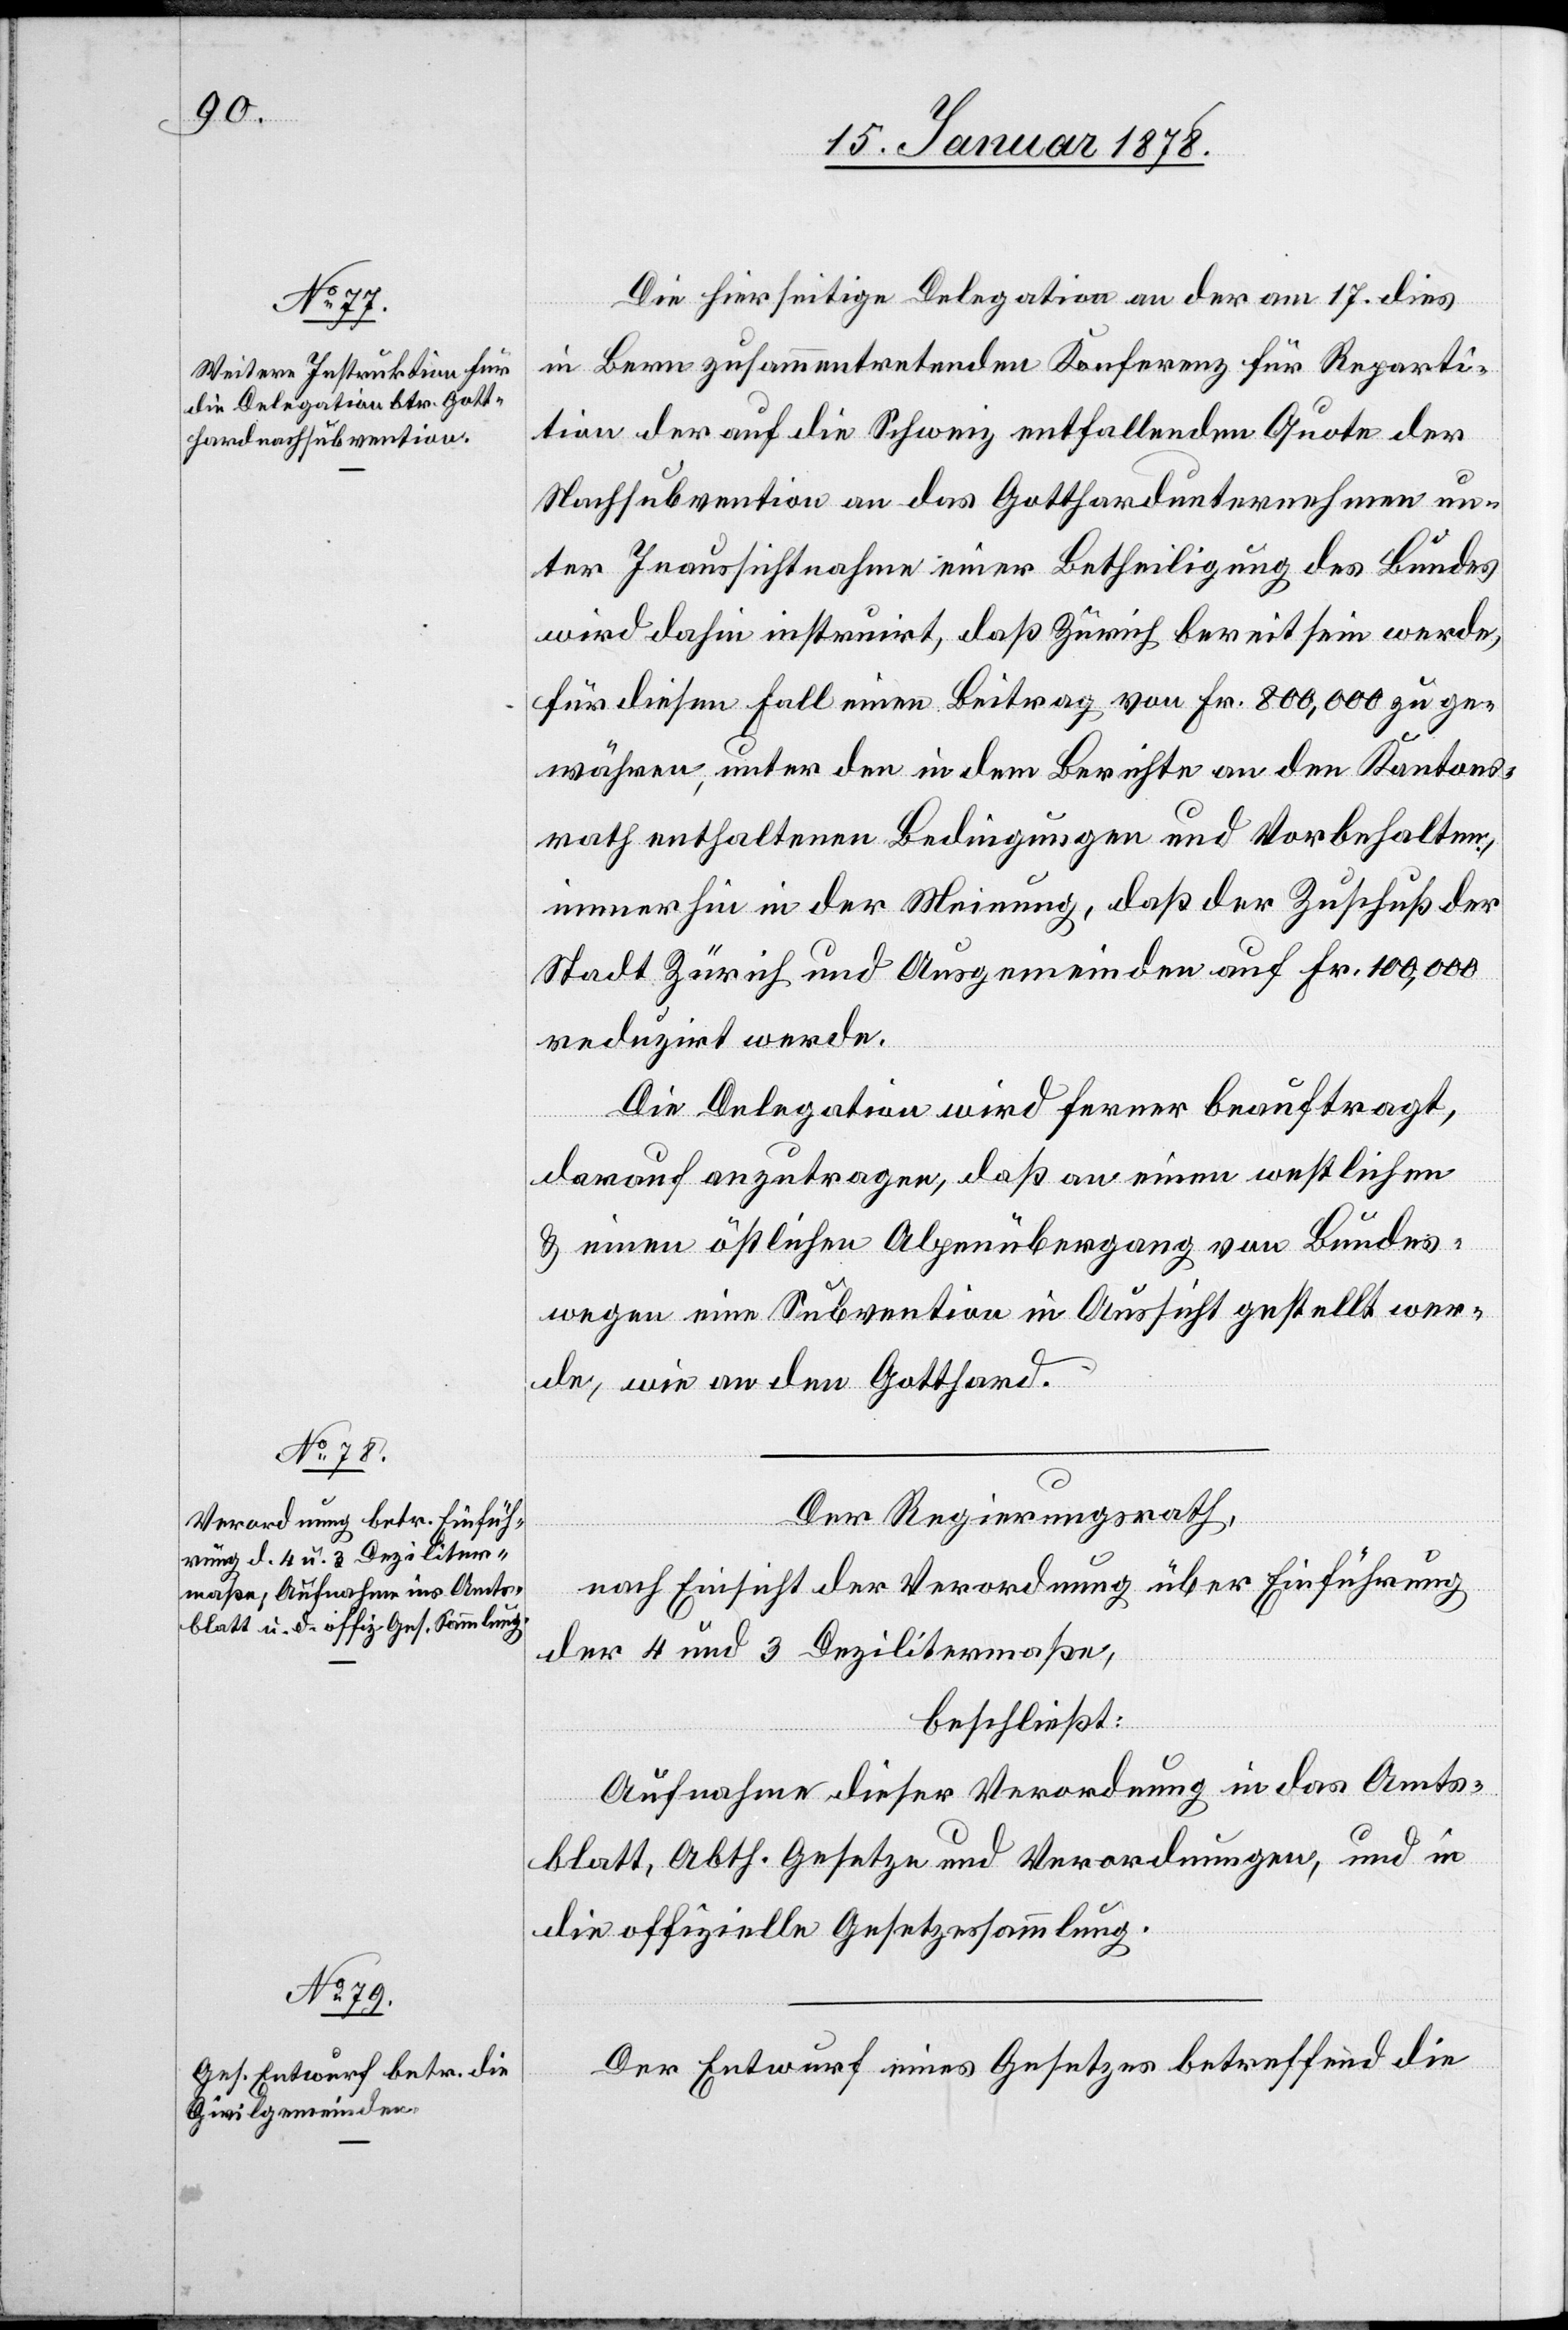
Die hierseitige Delegation an der am 17. dies
in Bern zusammentretenden Konferenz für Reparti¬
tion der auf die Schweiz entfallenden Quote der
Nachsubvention an das Gotthardunternehmen un¬
ter Inansichtnahme einer Betheiligung des Bundes
wird dahin instruirt, daß Zürich bereit sein werde,
für diesen Fall einen Beitrag von Fr. 800,000 zu ge¬
währen, unter den in dem Berichte an den Kantons¬
rath enthaltenen Bedingungen und Vorbehalten,
immerhin in der Meinung, daß der Zuschub der
Stadt Zürich und Ausgemeinden auf Fr. 100,000
reduzirt werde.
Die Delegation wird ferner beauftragt,
darauf anzutragen, daß an einem westlichen
& einem östlichen Alpenübergang von Bundes¬
wegen eine Subvention in Aussicht gestellt wer¬
de, wie an den Gotthard.
Der Regierungsrath,
nach Einsicht der Verordnung über Einführung
der 4 und 3 Dezilitermaße,
beschließt:
Aufnahme dieser Verordnung in das Amts¬
blatt, Abth. Gesetze und Verordnungen, und in
die offizielle Gesetzessammlung.
Der Entwurf eines Gesetzes betreffend die